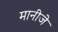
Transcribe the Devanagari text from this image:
मानीजे